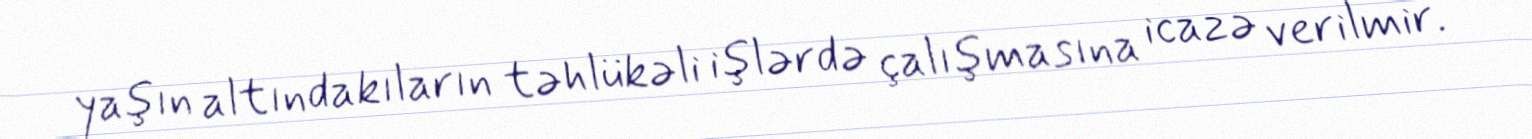
yaşın altındakıların təhlükəli işlərdə çalışmasına icazə verilmir.